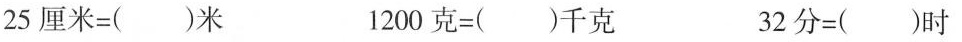
25厘米=()米 1200克=()千克 32分=()时